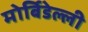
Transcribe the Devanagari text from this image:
मोर्बिडेल्ली